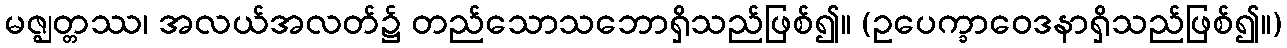
မဇ္ဈတ္တဿ၊ အလယ်အလတ်၌ တည်သောသဘောရှိသည်ဖြစ်၍။ (ဥပေက္ခာဝေဒနာရှိသည်ဖြစ်၍။)